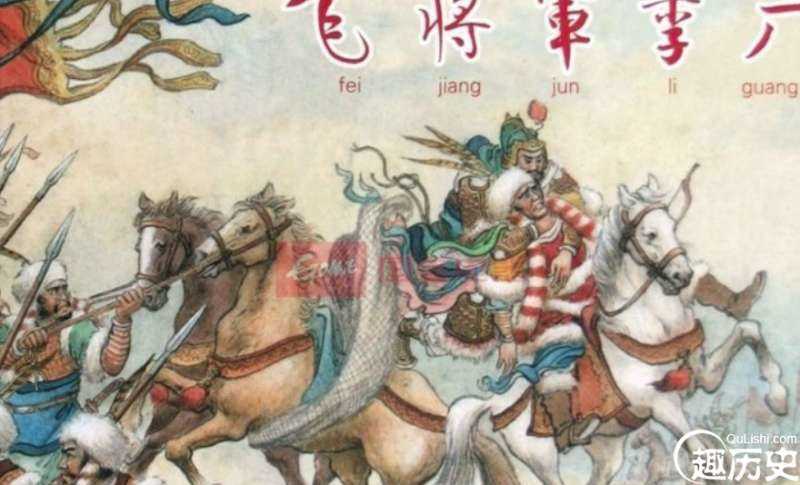
可怜白骨攒孤冢，尽为将军觅战功。